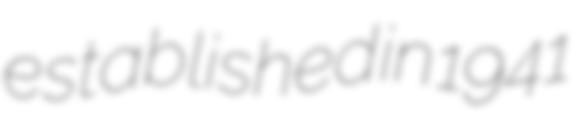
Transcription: established in 1941